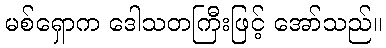
မစ်ရှောက ဒေါသတကြီးဖြင့် အော်သည်။